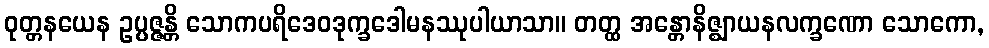
ဝုတ္တနယေန ဥပ္ပဇ္ဇန္တိ သောကပရိဒေဝဒုက္ခဒေါမနဿုပါယာသာ။ တတ္ထ အန္တောနိဇ္ဈာယနလက္ခဏော သောကော,